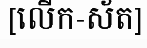
[លើក-ស័ត]